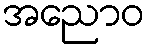
အညောဝ